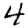
Digit: 4